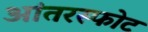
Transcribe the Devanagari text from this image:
आंतरस्फोट